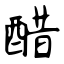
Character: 醋